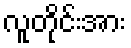
လူတိုင်းအား